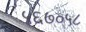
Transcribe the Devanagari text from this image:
५६७०५८